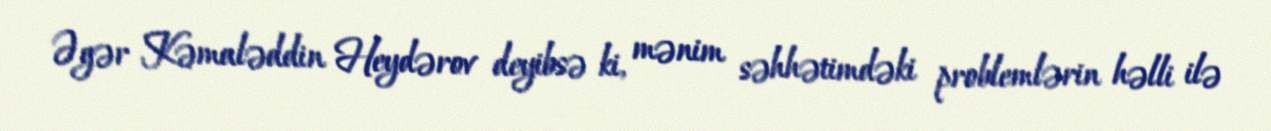
Əgər Kəmaləddin Heydərov deyibsə ki, mənim səhhətimdəki problemlərin həlli ilə